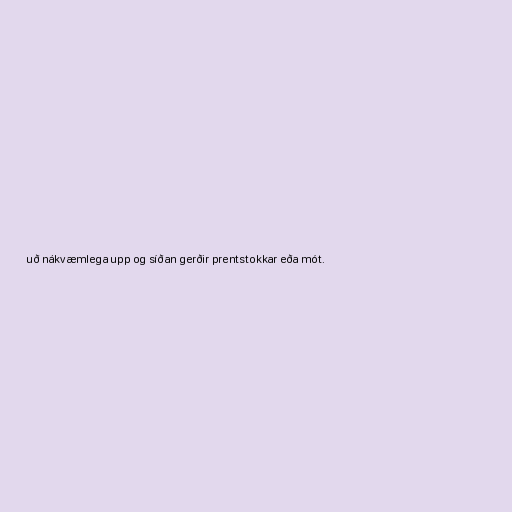
uð nákvæmlega upp og síðan gerðir prentstokkar eða mót.